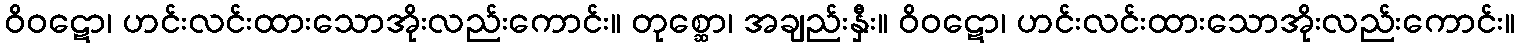
ဝိဝဋော၊ ဟင်းလင်းထားသောအိုးလည်းကောင်း။ တုစ္ဆော၊ အချည်းနှီး။ ဝိဝဋော၊ ဟင်းလင်းထားသောအိုးလည်းကောင်း။